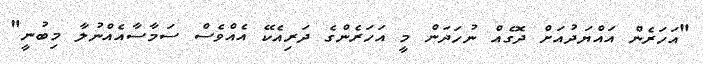
"އަހަރެން އައްޔަދުއަށް ދޮގެއް ނުހަދަން މީ އަހަރެންގެ ދަރިއެކޭ އެއްވެސް ސަމާސާއެއްނުލާ މިބުނީ"